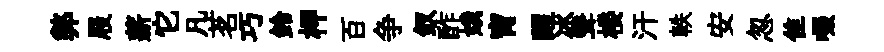
弊屐薪它凡茗巧鈴柙百争釵酢娥宵醒冰聳楼汗軼安忽隹啜